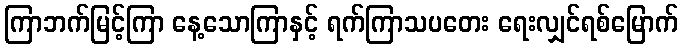
ကြာဘက်မြင့်ကြာ နေ့သောကြာနှင့် ရက်ကြာသပတေး ရေးလျှင်ရစ်မြောက်